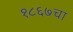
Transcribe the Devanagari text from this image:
१८६७चा